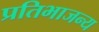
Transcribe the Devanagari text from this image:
प्रतिभाजन्य